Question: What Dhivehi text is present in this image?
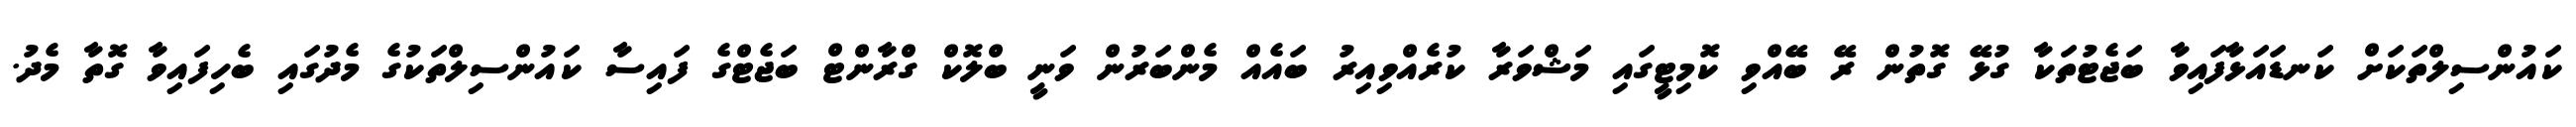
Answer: ކައުންސިލްތަކަށް ކަނޑައަޅާފައިވާ ބަޖެޓުތަކާ ގުޅޭ ގޮތުން ރޭ ބޭއްވި ކޮމިޓީގައި މަޝްވަރާ ކުރެއްވިއިރު ބައެއް މެންބަރުން ވަނީ ބްލޮކް ގްރާންޓް ބަޖެޓްގެ ފައިސާ ކައުންސިލްތަކުގެ މެދުގައި ބެހިފައިވާ ގޮތާ މެދު.